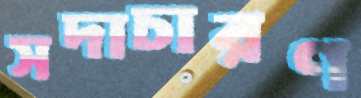
সদাচারণ